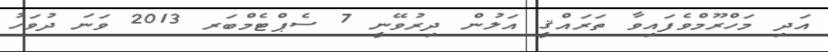
އަދި މަހްރޫމްވެފައިވާ ތަރައްޤީ އަލުން ދިރުވޭނީ 7 ސެޕްޓެމްބަރ 2013 ވަނަ ދުވަހު